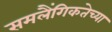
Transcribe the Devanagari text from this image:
समलैंगिकतेच्या